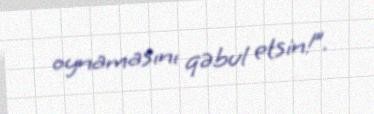
oynamasını qəbul etsin!”.